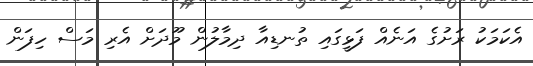
އެކަމަކު ރަށުގެ އަނެއް ފަޅީގައި ތުނޑިއާ ދިމާލުން މޫދަށް އެރި މަސް ހިފަން